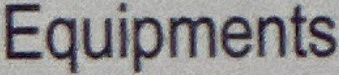
Equipments